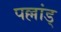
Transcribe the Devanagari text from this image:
पल्लांड्